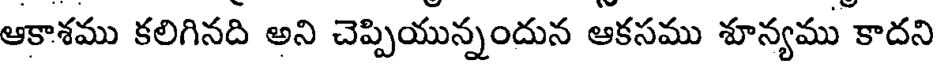
ఆకాశము కలిగినది అని చెప్పియున్నందున ఆకసము శూన్యము కాదని